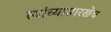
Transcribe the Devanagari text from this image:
त्यांच्यासारखेच